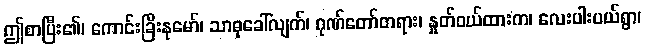
ဤစာပြီး၏၊ ကောင်းခြီးနုမော်၊ သာဓုခေါ်လျက်၊ ဂုဏ်တော်တရား၊ နှုတ်ဝယ်ထားက၊ လေးပါးပယ်ရွာ၊